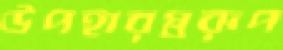
উপহারস্বরূপ